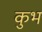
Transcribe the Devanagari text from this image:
कुभ